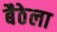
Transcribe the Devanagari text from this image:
बैठेला